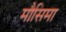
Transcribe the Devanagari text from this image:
मौसिमा